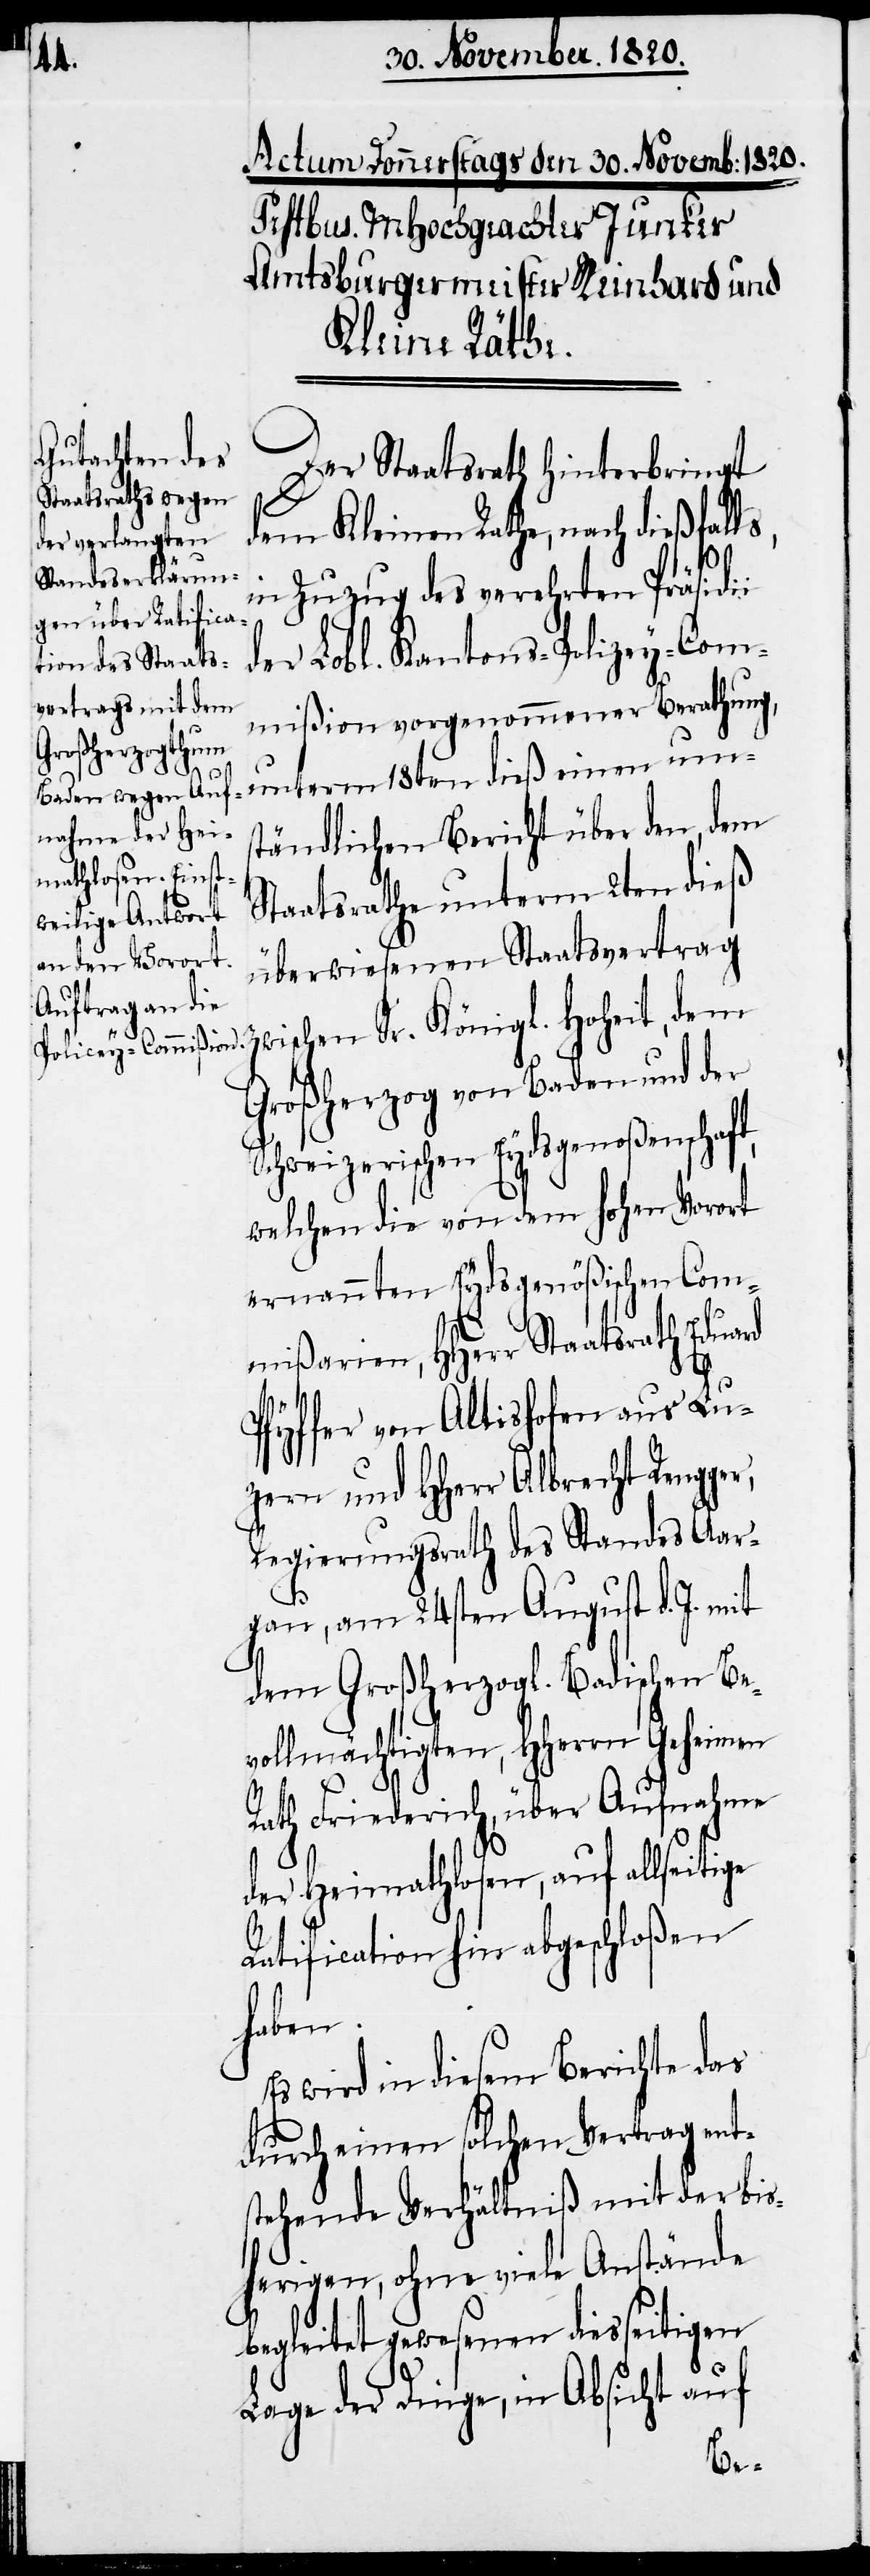
r,

Der Staatsrath hinterbringt
dem Kleinen Rathe, nach dießfalls,
in Zuzug des verehrten Präsidii
der Lobl. Kantons-Polizey-Com¬
mißion vorgenommener Berathung,
unterm 18ten dieß einen um¬
ständlichen Bericht über den, dem
Staatsrathe unterm 2ten dieß
überwiesenen Staatsvertrag
wischen Sr. Königl. Hoheit, dem
Großherzog von Baden und der
Schweizerischen Eydsgenoßenschaft,
welchen die von dem hohen Vorort
ernannten Eydsgenößischen Com¬
mißarien, HHerr Staatsrath Eduard
Pfyffer von Altishofen aus Lu¬
zern und HHerr Albrecht Rengge¬
Regierungsrath des Standes Aar¬
gau, am 24sten August d. J. mit
dem Großherzogl. Badischen Be¬
vollmächtigten, HHerrn Geheimen
Rath Friederich, über Aufnahme
der Heimathlosen, auf allseitige
Ratification hin abgeschloßen
haben.
Es wird in diesem Berichte das
durch einen solchen Vertrag en¬
stehende Verhältniß mit der bis¬
herigen, ohne viele Anstände
begleitet gewesenen diesseitigen
Lage der Dinge, in Absicht auf